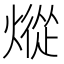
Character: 𰟕